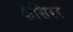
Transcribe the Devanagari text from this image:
कैसिरर